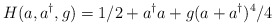
\begin{align*}H(a,a^{\dag },g)=1/2+a^{\dag }a+g(a+a^{\dag })^{4}/4\end{align*}